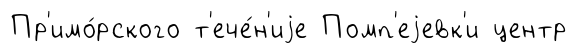
Пр'имо́рского т'ече́н'иjе Помп'еjевк'и центр